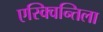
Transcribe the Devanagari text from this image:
एस्क्विन्तिला